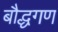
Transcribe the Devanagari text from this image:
बौद्धगण